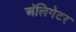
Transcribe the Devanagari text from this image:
अॅलिगेटर